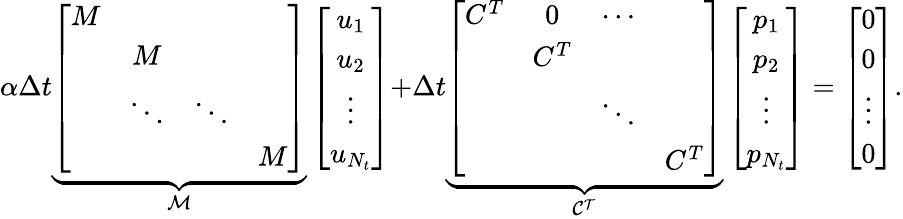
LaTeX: \alpha\Delta t\underbrace{\left[\begin{array}{cccc}{M}&&&\\ &{M}&&\\ &{\ddots}&{\ddots}&\\ &&&{M}\end{array}\right]}_{\mathcal{M}}\left[\begin{array}{c}{u_{1}}\\ {u_{2}}\\ {\vdots}\\ {u_{N_{t}}}\end{array}\right]{+}\Delta t\underbrace{\left[\begin{array}{cccc}{C^{T}}&{0}&{\cdots}&\\ &{C^{T}}&&\\ &&{\ddots}&\\ &&&{C^{T}}\end{array}\right]}_{\mathcal{C^{T}}}\left[\begin{array}{c}{p_{1}}\\ {p_{2}}\\ {\vdots}\\ {p_{N_{t}}}\end{array}\right]=\left[\begin{array}{c}{0}\\ {0}\\ {\vdots}\\ {0}\end{array}\right].